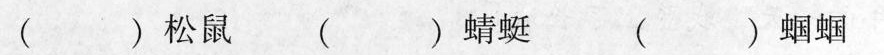
( )松鼠 ( )蜻蜓 ( )蝈蝈